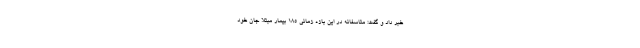
خبر داد و گفت: متاسفانه در این بازه زمانی ۱۸۵ بیمار مبتلا جان خود